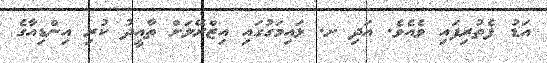
އަޑު ފެތުރިފައި ވެއެވެ. އަދި ށ. ޅައިމަގުގައި އިޒްރޭލަށް ތާއީދު ކުރި އިންޑިއާގެ